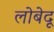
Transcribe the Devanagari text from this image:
लोबेदू